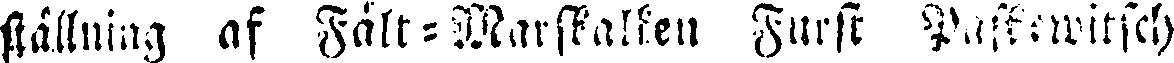
ställning af Fält-Marskalken Furst Pastowitsch